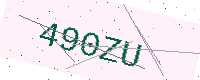
Text: 490ZU